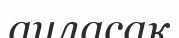
ауласақ